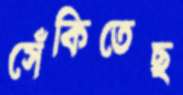
সেঁকিতেছ